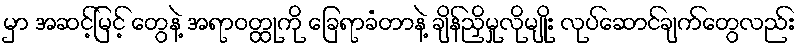
မှာ အဆင့်မြင့် တွေနဲ့ အရာဝတ္ထုကို ခြေရာခံတာနဲ့ ချိန်ညှိမှုလိုမျိုး လုပ်ဆောင်ချက်တွေလည်း